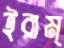
ইরাম্